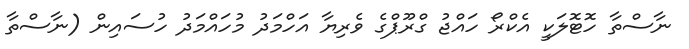
ނާސްތާ ހޮޓޮލަކީ އެކްރޯ ހައްޖު ގްރޫޕްގެ ވެރިޔާ އަހްމަދު މުހައްމަދު ހުސައިން (ނާސްތާ